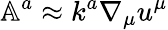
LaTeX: \mathbb{A}^{a}\approx k^{a}\nabla_{\mu}u^{\mu}